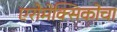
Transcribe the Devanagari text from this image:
एरोमेक्सिकोचा